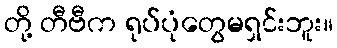
တို့ တီဗီက ရုပ်ပုံတွေမရှင်းဘူး။